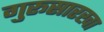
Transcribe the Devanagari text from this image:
गुरूसारखा